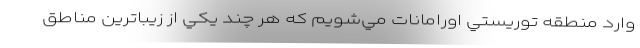
وارد منطقه توريستي اورامانات مي‌شويم كه هر چند يكي از زيبا‌ترين مناطق